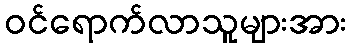
ဝင်ရောက်လာသူများအား